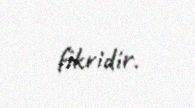
fikridir.